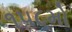
૧૫૮મો